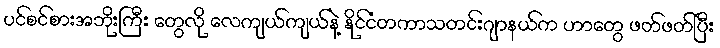
ပင်စင်စားအဘိုးကြီး တွေလို လေကျယ်ကျယ်နဲ့ နိုင်ငံတကာသတင်းဂျာနယ်က ဟာတွေ ဖတ်ဖတ်ပြီး